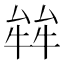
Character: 𤚅